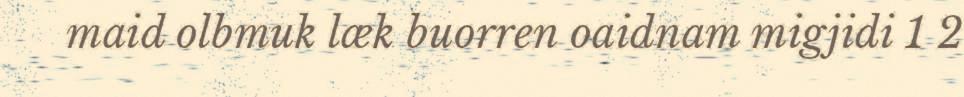
maid olbmuk læk buorren oaidnam migjidi 1 2